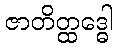
ဇာတိတ္ထဒ္ဓေါ